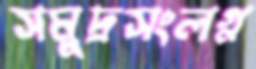
সমুদ্রসংলগ্ন